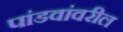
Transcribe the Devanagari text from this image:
पांडवांवरील